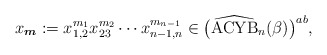
\begin{gather*} x_{{\boldsymbol{m}}}:= x_{1,2}^{m_1} x_{23}^{m_2} \cdots x_{n-1,n}^{m_{n-1}}\in \big({\widehat{{\rm ACYB}}}_n(\beta)\big)^{ab},\end{gather*}